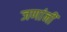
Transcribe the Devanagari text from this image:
जणांनीं